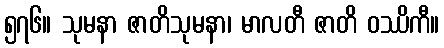
၅၇၆။ သုမနာ ဇာတိသုမနာ၊ မာလတီ ဇာတိ ဝဿိကီ။